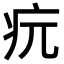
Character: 𤴰